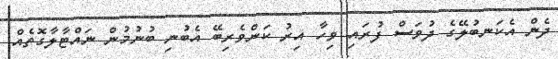
ދެން އެކަނބުލޭގެ ދުވަސް ފުރައި ވިހާ އިރު ކަންވެރިބޭ އެބުނި ބުނުމުން ނައްޓާލާގޮތެއް